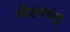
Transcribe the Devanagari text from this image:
मोहनचंद्र